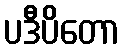
ပဒီပိတော